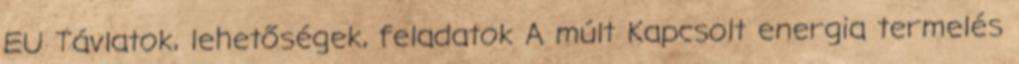
EU Távlatok, lehetőségek, feladatok A múlt Kapcsolt energia termelés